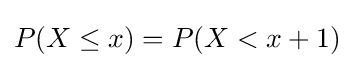
P(X\leq x)=P(X<x+1)